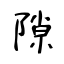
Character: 隙